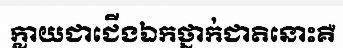
ក្លាយជាជើងឯកថ្នាក់ជាតិនោះគឺ